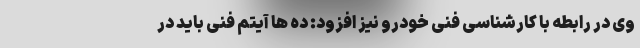
وی در رابطه با کارشناسی فنی خودرو نیز افزود: ده ها آیتم فنی باید در